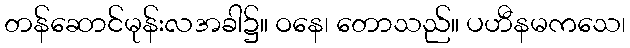
တန်ဆောင်မုန်းလအခါ၌။ ဝနေ၊ တောသည်။ ပဟီနမကသေ၊